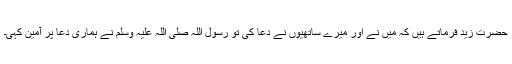
حضرت زید فرماتے ہیں کہ میں نے اور میرے ساتھیوں نے دعا کی تو رسول اللہ صلی اللہ علیہ وسلم نے ہماری دعا پر آمین کہی۔